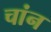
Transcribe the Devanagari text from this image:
चांन